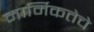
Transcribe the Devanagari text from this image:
मार्मिकतेचे